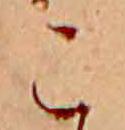
こ